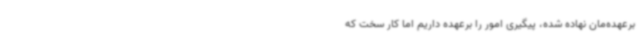
برعهده‌مان نهاده شده، پیگیری امور را برعهده داریم اما کار سخت که